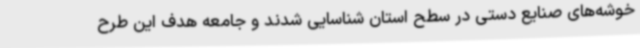
خوشه‌های صنایع دستی در سطح استان شناسایی شدند و جامعه هدف این طرح